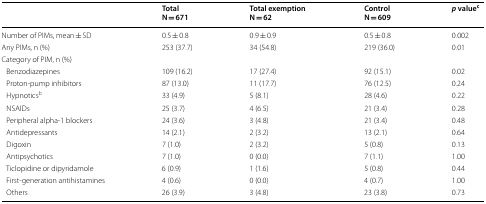
<table><thead><tr><td></td><td><b>TotalN = 671</b></td><td><b>Total exemptionN = 62</b></td><td><b>ControlN = 609</b></td><td><b><i>p</i> value<sup>c</sup></b></td></tr></thead><tbody><tr><td>Number of PIMs, mean ± SD</td><td>0.5 ± 0.8</td><td>0.9 ± 0.9</td><td>0.5 ± 0.8</td><td>0.002</td></tr><tr><td>Any PIMs, n (%)</td><td>253 (37.7)</td><td>34 (54.8)</td><td>219 (36.0)</td><td>0.01</td></tr><tr><td colspan="5">Category of PIM, n (%)</td></tr><tr><td> Benzodiazepines</td><td>109 (16.2)</td><td>17 (27.4)</td><td>92 (15.1)</td><td>0.02</td></tr><tr><td> Proton-pump inhibitors</td><td>87 (13.0)</td><td>11 (17.7)</td><td>76 (12.5)</td><td>0.24</td></tr><tr><td> Hypnotics<sup>b</sup></td><td>33 (4.9)</td><td>5 (8.1)</td><td>28 (4.6)</td><td>0.22</td></tr><tr><td> NSAIDs</td><td>25 (3.7)</td><td>4 (6.5)</td><td>21 (3.4)</td><td>0.28</td></tr><tr><td> Peripheral alpha-1 blockers</td><td>24 (3.6)</td><td>3 (4.8)</td><td>21 (3.4)</td><td>0.48</td></tr><tr><td> Antidepressants</td><td>14 (2.1)</td><td>2 (3.2)</td><td>13 (2.1)</td><td>0.64</td></tr><tr><td> Digoxin</td><td>7 (1.0)</td><td>2 (3.2)</td><td>5 (0.8)</td><td>0.13</td></tr><tr><td> Antipsychotics</td><td>7 (1.0)</td><td>0 (0.0)</td><td>7 (1.1)</td><td>1.00</td></tr><tr><td> Ticlopidine or dipyridamole</td><td>6 (0.9)</td><td>1 (1.6)</td><td>5 (0.8)</td><td>0.44</td></tr><tr><td> First-generation antihistamines</td><td>4 (0.6)</td><td>0 (0.0)</td><td>4 (0.7)</td><td>1.00</td></tr><tr><td> Others</td><td>26 (3.9)</td><td>3 (4.8)</td><td>23 (3.8)</td><td>0.73</td></tr></tbody></table>